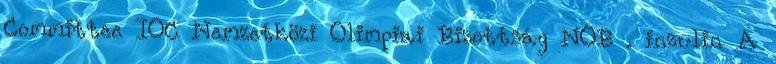
Committee IOC Nemzetközi Olimpiai Bizottság NOB . inzulin A